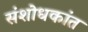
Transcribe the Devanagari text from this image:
संशोधकांत